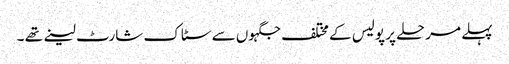
پہلے مرحلے پر پولیس کے مختلف جگہوں سے سٹاک شارٹ لینے تھے ۔